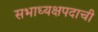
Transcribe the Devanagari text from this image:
सभाध्यक्षपदाची